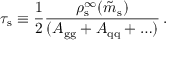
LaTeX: \tau _ { \mathrm { s } } \equiv { \frac { 1 } { 2 } } { \frac { \rho _ { \mathrm { s } } ^ { \infty } ( \tilde { m } _ { \mathrm { s } } ) } { ( A _ { \mathrm { g g } } + A _ { \mathrm { q q } } + \ldots ) } } \, .